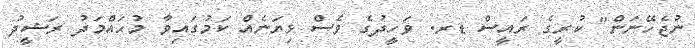
ނުޖެހޭނަން" ކުރީގެ ރައީސް ޑރ. ވަހީދުގެ ވެސް ޅިޔަނެއް ކަމުގައިވާ މުހައްމަދު ރަޝީދު